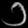
Digit: ၁